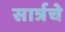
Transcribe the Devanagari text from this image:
सार्त्रचे